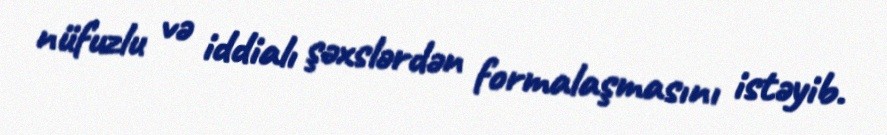
nüfuzlu və iddialı şəxslərdən formalaşmasını istəyib.